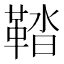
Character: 鞜